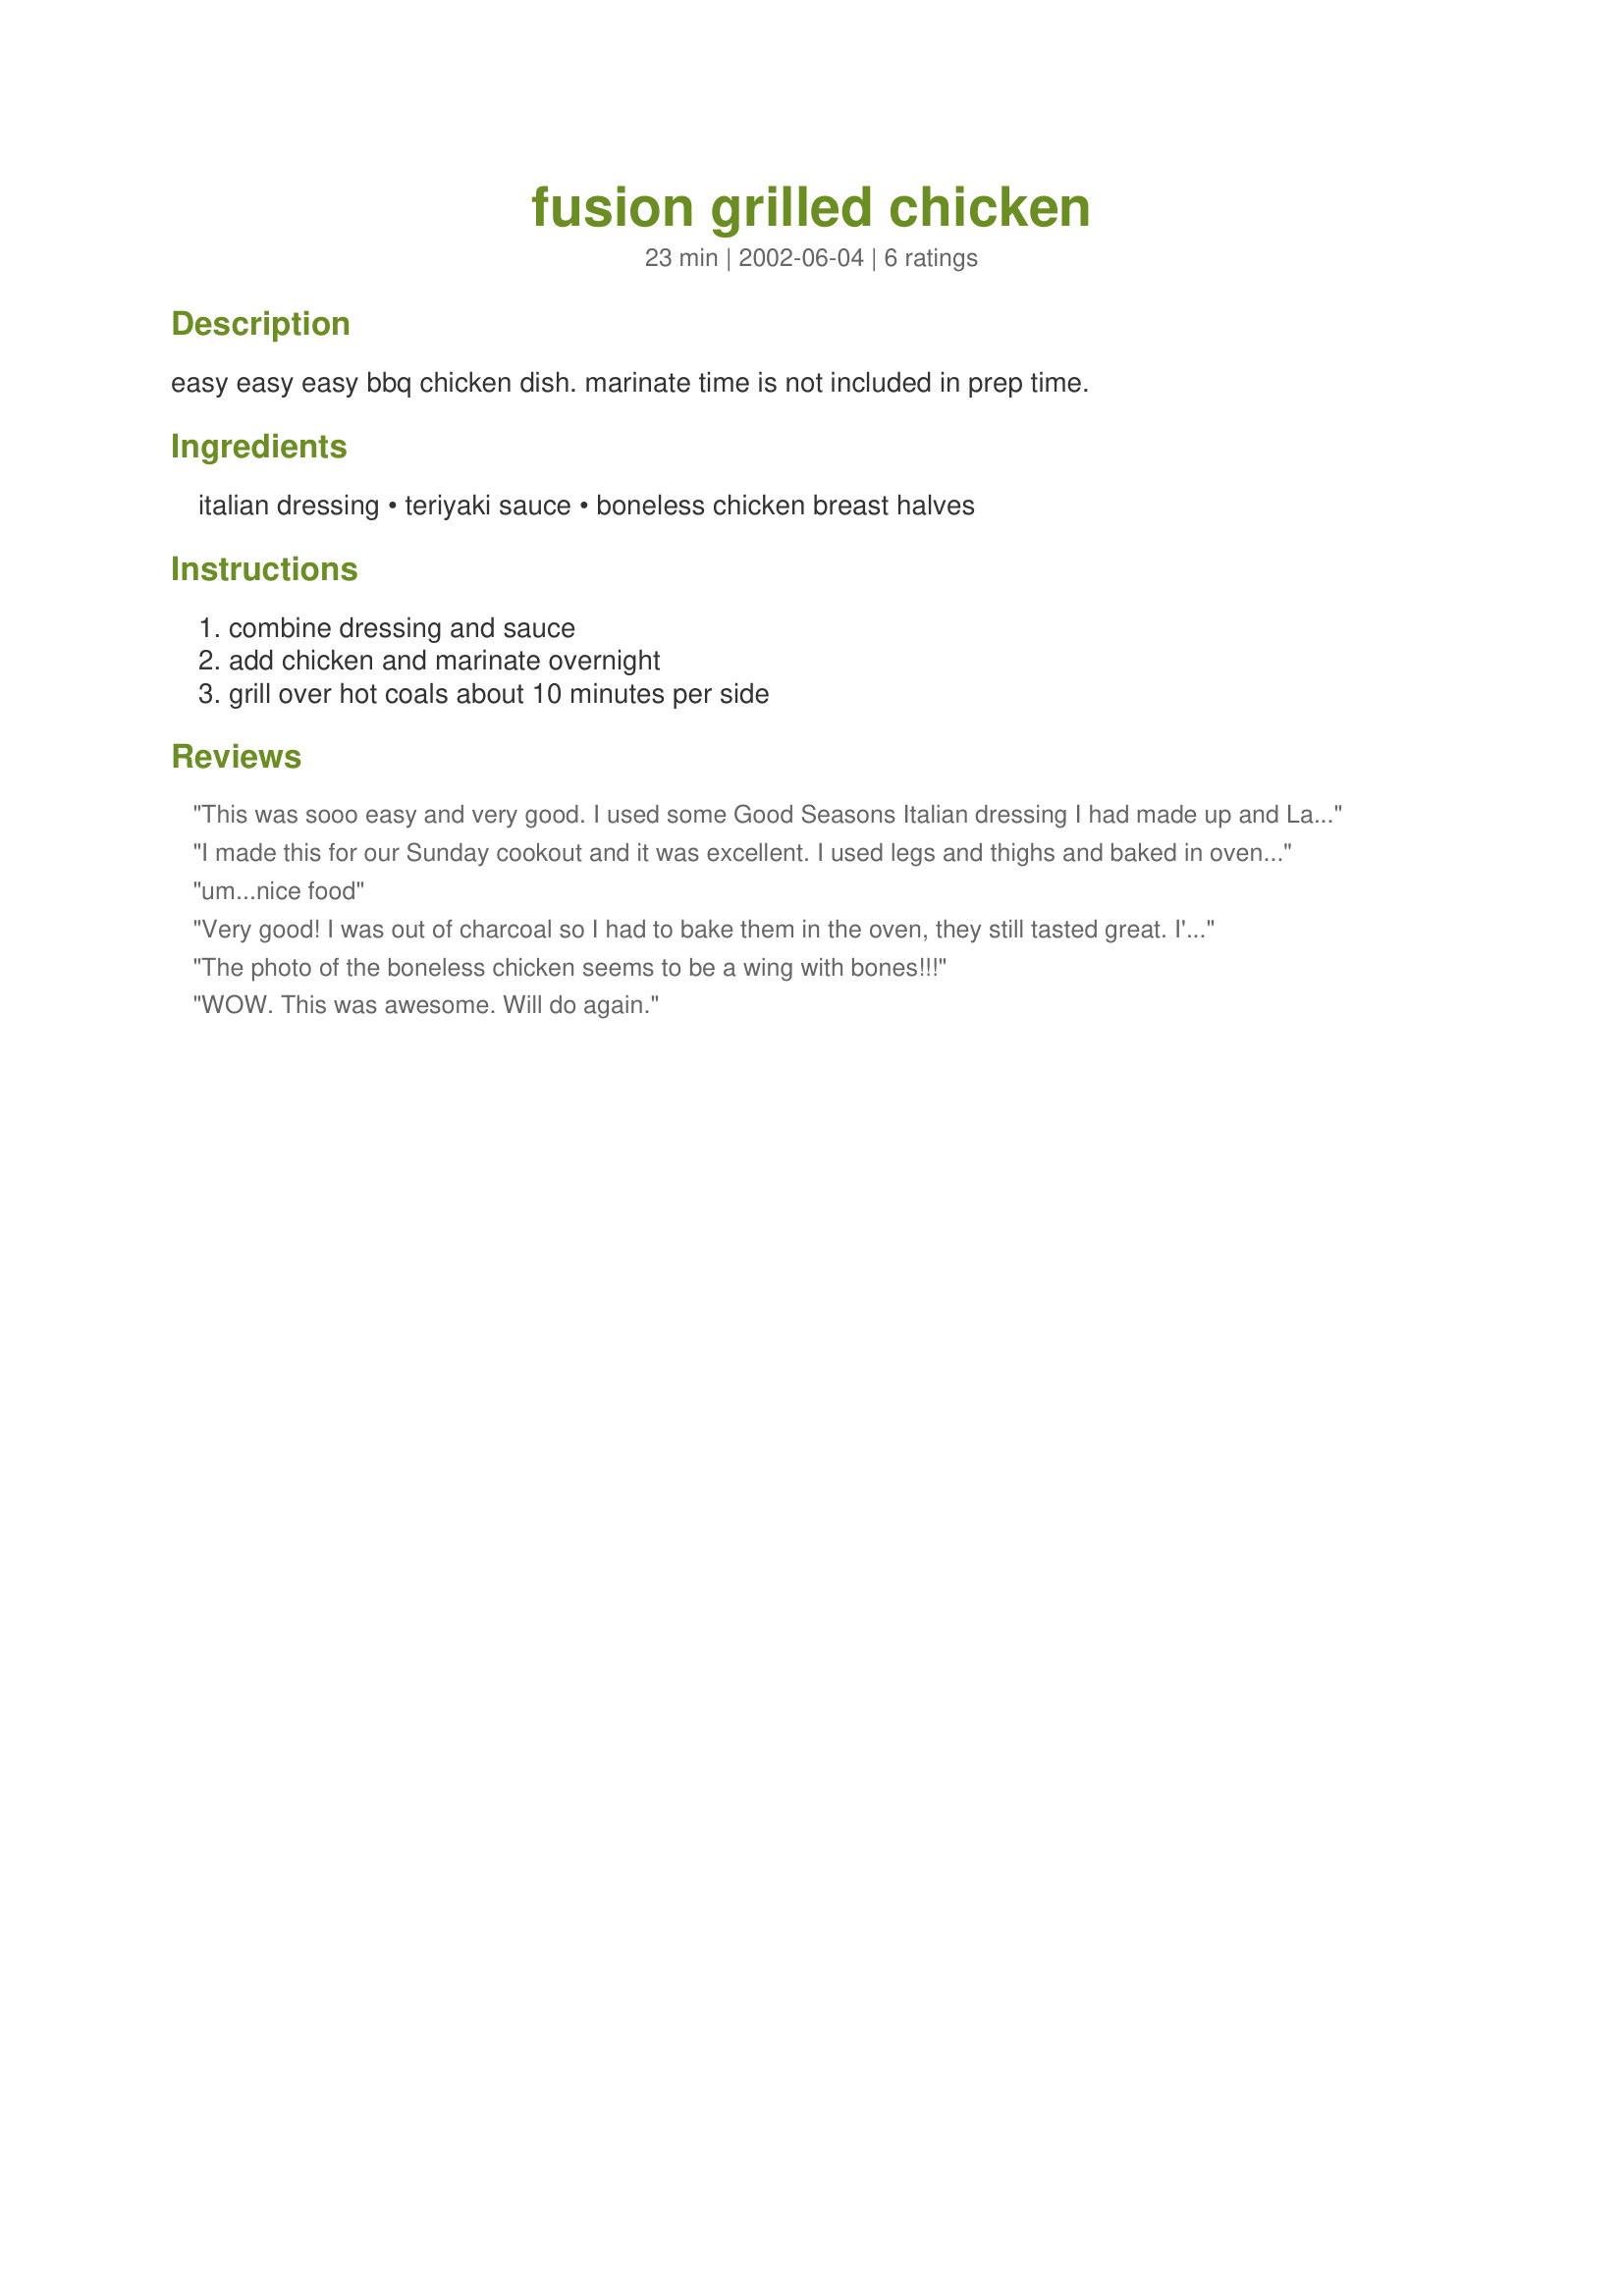
fusion grilled chicken
Preparation time: 23 minutes

easy easy easy bbq chicken dish. marinate time is not included in prep time.

Ingredients:
italian dressing, teriyaki sauce, boneless chicken breast halves

Steps:
combine dressing and sauce, add chicken and marinate overnight, grill over hot coals about 10 minutes per side

Reviews:
This was sooo easy and very good. I used some Good Seasons Italian dressing I had made up and Lawry's teriyaki sauce. I used it on breasts legs and thighs as well as one boneless chicken breast. I would say the ones with the skin had trouble with burning as the teriyaki has sugar in it...so the best results came from the boneless skinless chicken breast. Even with the crispy chicken skin, it was too delicious to take it off so we ate it! Thanks for this easy, do-ahead keeper. Pam
I made this for our Sunday cookout and it was excellent. I used legs and thighs and baked in oven on 375 for about one hour and then grilled on both sides until nicely charred. I will be making this again.
um...nice food
Very good! I was out of charcoal so I had to bake them in the oven, they still tasted great. I'll make these often and can't wait to cook them on the grill.
The photo of the boneless chicken seems to be a wing with bones!!!
WOW. This was awesome. Will do again.
